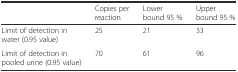
<table><thead><tr><td></td><td><b>Copies per reaction</b></td><td><b>Lower bound 95 %</b></td><td><b>Upper bound 95 %</b></td></tr></thead><tbody><tr><td>Limit of detection in water (0.95 value)</td><td>25</td><td>21</td><td>33</td></tr><tr><td>Limit of detection in pooled urine (0.95 value)</td><td>70</td><td>61</td><td>96</td></tr></tbody></table>